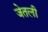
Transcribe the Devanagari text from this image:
जेतली